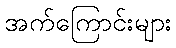
အက်ကြောင်းများ